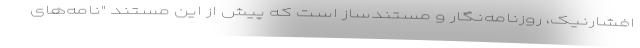
افشارنیک، روزنامه‌نگار و مستندساز است که پیش از این مستند "نامه‌های